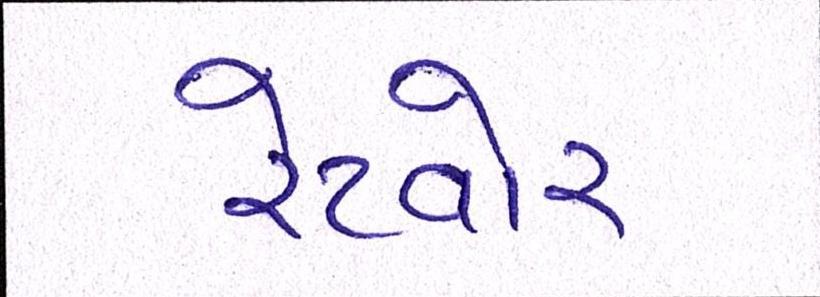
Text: રેટવોર